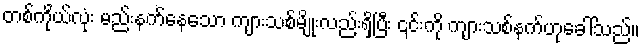
တစ်ကိုယ်လုံး မည်းနက်နေသော ကျားသစ်မျိုးလည်းရှိပြီး ၎င်းကို ကျားသစ်နက်ဟုခေါ်သည်။